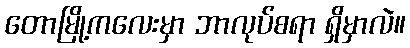
တောမြို့ကလေးမှာ ဘာလုပ်စရာ ရှိမှာလဲ။